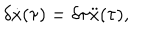
LaTeX: \delta \dot { x } ( \tau ) = \delta \tau \ddot { x } ( \tau ) ,